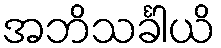
အဘိသင်္ခါယိ